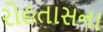
રોહતાસના